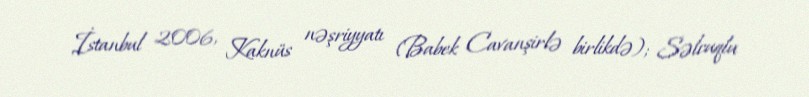
İstanbul 2006, Kaknüs nəşriyyatı (Babek Cavanşirlə birlikdə); Səlcuqlu